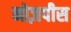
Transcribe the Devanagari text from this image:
नोज़पीस